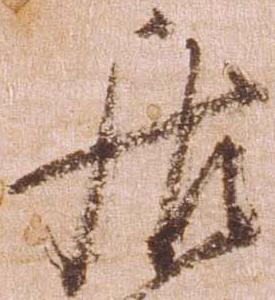
居